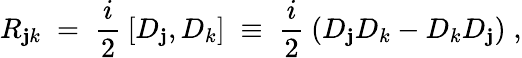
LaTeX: R_{\mathbf{j}k}\; =\; \frac{{i}}{{2}}\: [D_{\mathbf{j}},D_{k}]\; \equiv\; \frac{{i}}{{2}}\: (D_{\mathbf{j}}D_{k}-D_{k}D_{\mathbf{j}})\; ,